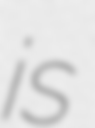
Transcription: is